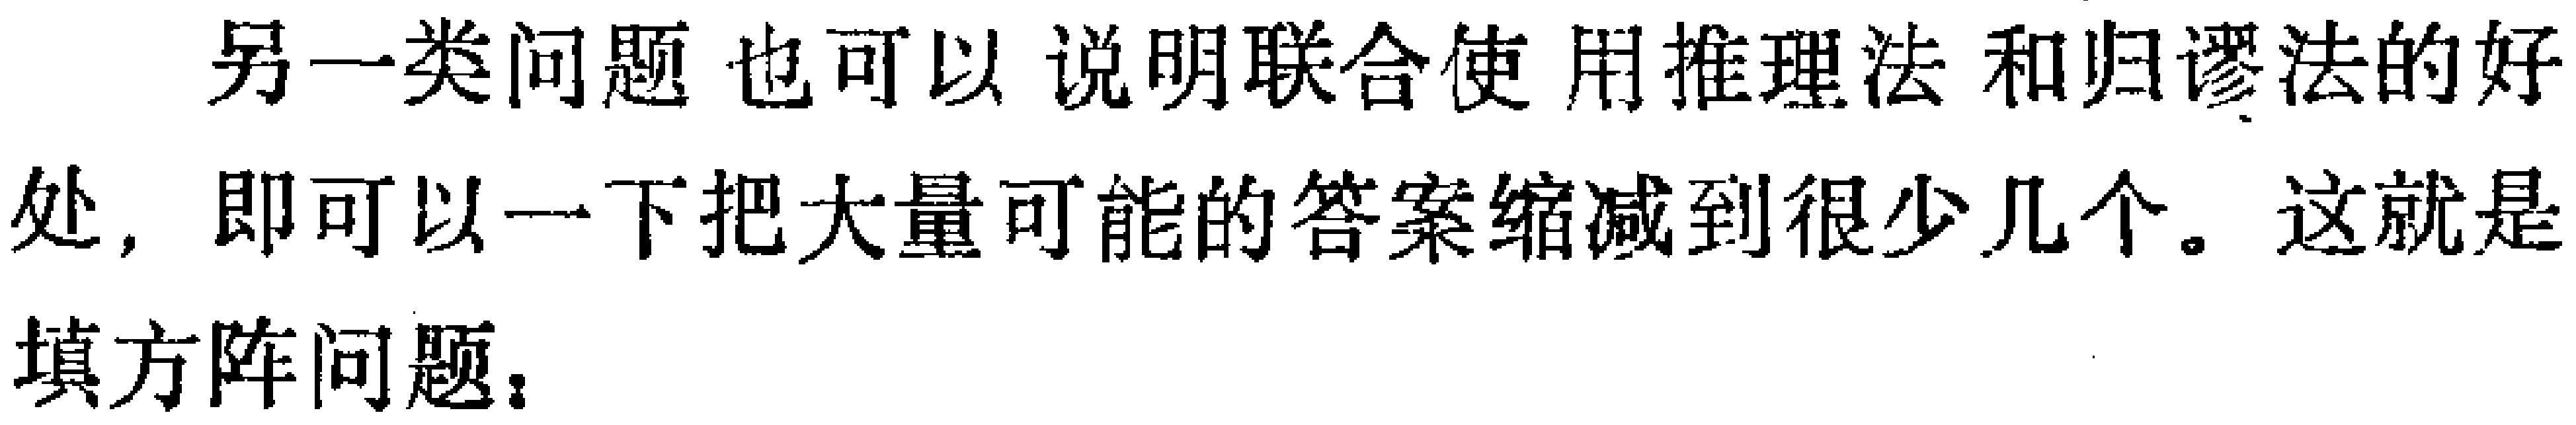
另一类问题 也可以 说明联合使 用推理法 和归谬法的好处，即可以一下把大量可能的答案缩减到很少几个。这就是填方阵问题：